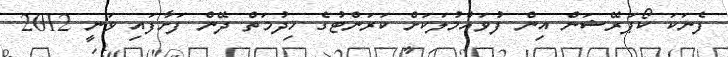
ފެނަކަ ކޯޕަރޭޝަން އިން ފުވައްމުލަކަށް ކަރަންޓުގެ ޚިދުމަތް ދޭން ފަށާފައި ވަނީ 2012